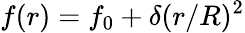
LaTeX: f(r)=f_{0}+\delta(r/R)^{2}